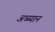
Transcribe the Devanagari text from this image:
अध्य्यान